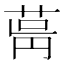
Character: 𦱫